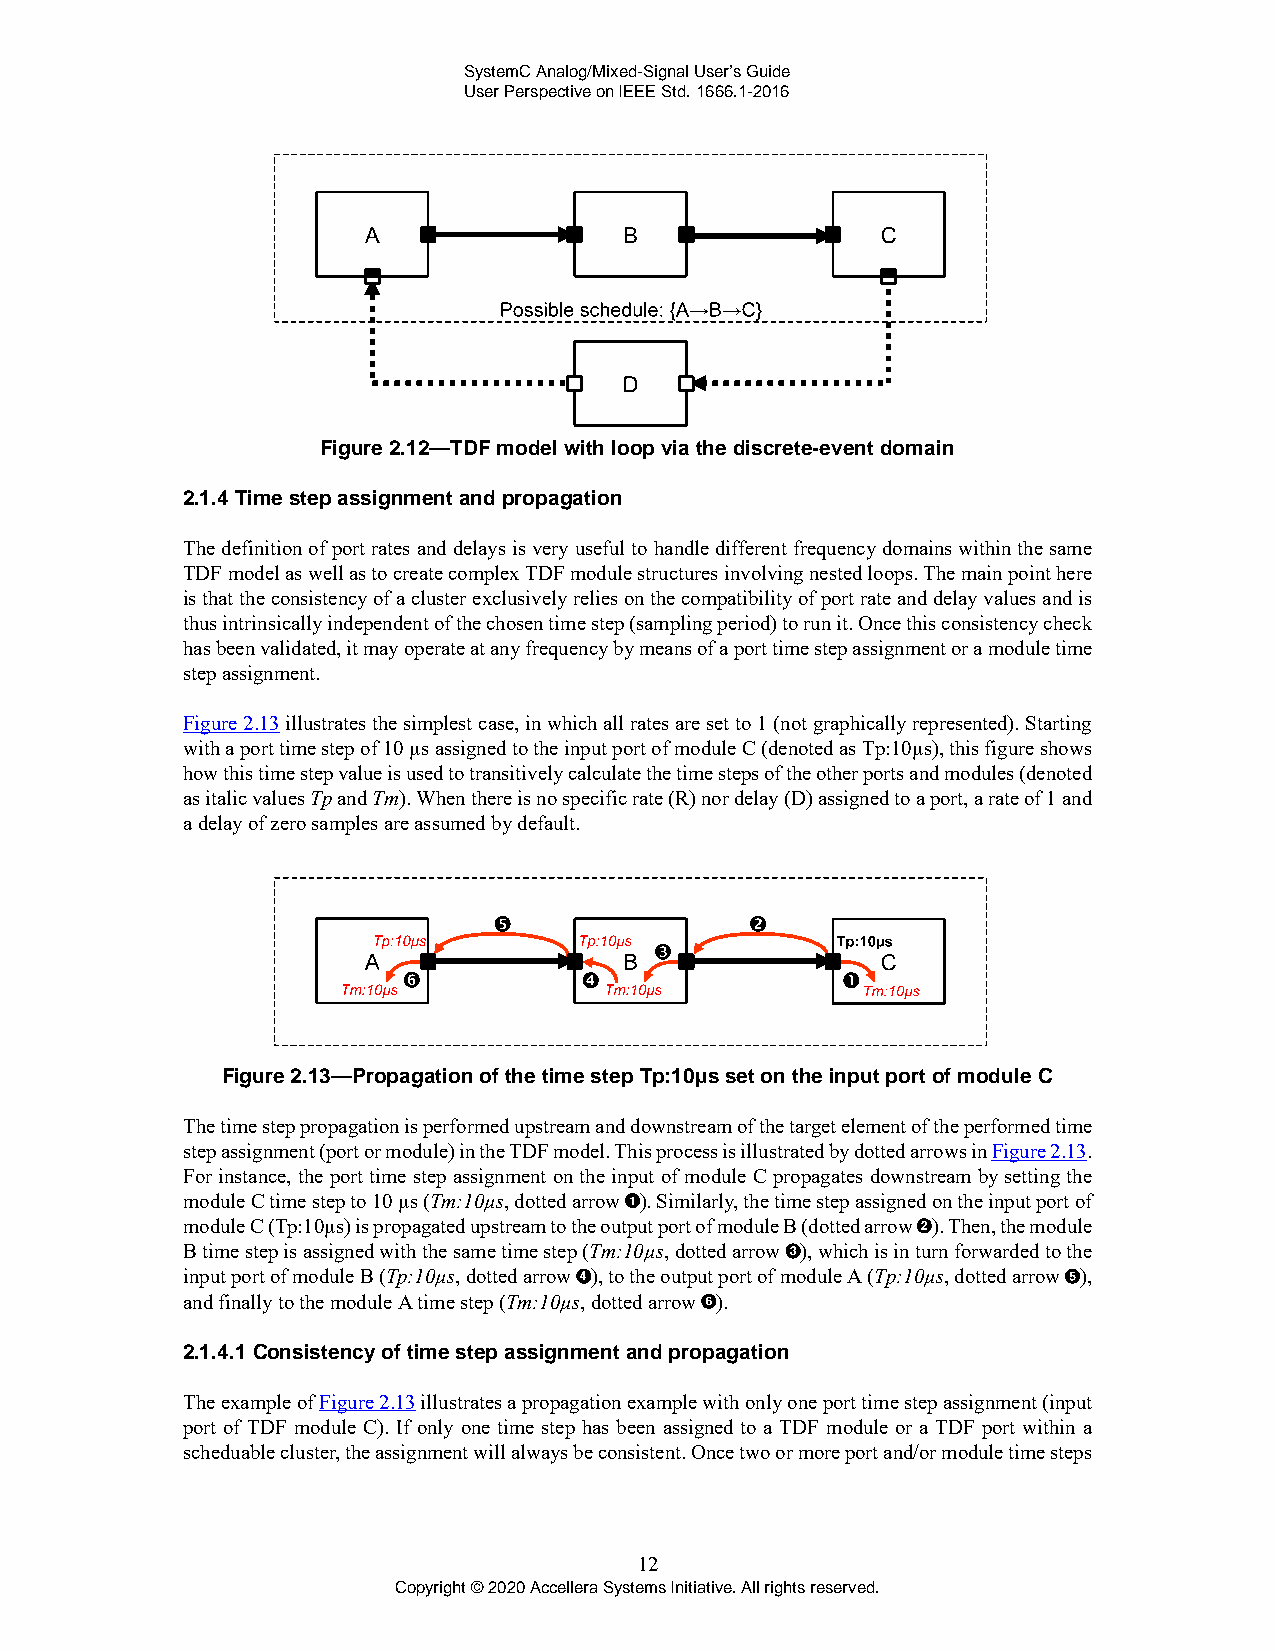
SystemC Analog/Mixed-Signal User’s Guide
 User Perspective on IEEE Std. 1666.1-2016
 Figure 2.12—TDF model with loop via the discrete-event domain
 2.1.4 Time step assignment and propagation
 The definition of port rates and delays is very useful to handle different frequency domains within the same
 TDF model as well as to create complex TDF module structures involving nested loops. The main point here
 is that the consistency of a cluster exclusively relies on the compatibility of port rate and delay values and is
 thus intrinsically independent of the chosen time step (sampling period) to run it. Once this consistency check
 has been validated, it may operate at any frequency by means of a port time step assignment or a module time
 step assignment.
 Figure 2.13 illustrates the simplest case, in which all rates are set to 1 (not graphically represented). Starting
 with a port time step of 10 µs assigned to the input port of module C (denoted as Tp:10µs), this figure shows
 how this time step value is used to transitively calculate the time steps of the other ports and modules (denoted
 as italic values Tp and Tm). When there is no specific rate (R) nor delay (D) assigned to a port, a rate of 1 and
 a delay of zero samples are assumed by default.
 Figure 2.13—Propagation of the time step Tp:10µs set on the input port of module C
 The time step propagation is performed upstream and downstream of the target element of the performed time
 step assignment (port or module) in the TDF model. This process is illustrated by dotted arrows in Figure 2.13.
 For instance, the port time step assignment on the input of module C propagates downstream by setting the
 module C time step to 10 µs (Tm:10µs, dotted arrow ). Similarly, the time step assigned on the input port of
 module C (Tp:10µs) is propagated upstream to the output port of module B (dotted arrow ). Then, the module
 B time step is assigned with the same time step (Tm:10µs, dotted arrow ), which is in turn forwarded to the
 input port of module B (Tp:10µs, dotted arrow ), to the output port of module A (Tp:10µs, dotted arrow ),
 and finally to the module A time step (Tm:10µs, dotted arrow ).
 2.1.4.1 Consistency of time step assignment and propagation
 The example of Figure 2.13 illustrates a propagation example with only one port time step assignment (input
 port of TDF module C). If only one time step has been assigned to a TDF module or a TDF port within a
 scheduable cluster, the assignment will always be consistent. Once two or more port and/or module time steps
 12
 Copyright © 2020 Accellera Systems Initiative. All rights reserved.